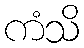
ကံသိ